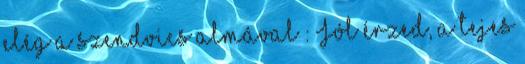
elég a szendvics almával : Jól érzed, a tejes